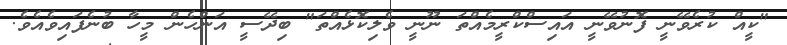
"ކީއް ކުރެވޭނީ ފޮނުވޭނީ އައިސްކްރީމެއްތަ ނޫނީ ވެލިކޮޅެއްތަ" ބިދޭސީ އަންހެން މީހާ ބުނެފައިވެއެވެ.